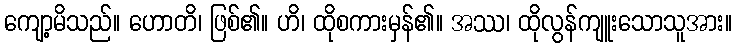
ကျော့မိသည်။ ဟောတိ၊ ဖြစ်၏။ ဟိ၊ ထိုစကားမှန်၏။ အဿ၊ ထိုလွန်ကျူးသောသူအား။